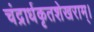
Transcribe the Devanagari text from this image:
चंद्रार्धकृतशेखराम्‌।